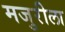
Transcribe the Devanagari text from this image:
मजुरीला